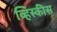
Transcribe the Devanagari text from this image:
व्हिस्कीस